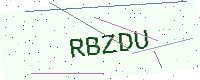
Text: RBZDU